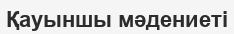
Қауыншы мәдениеті